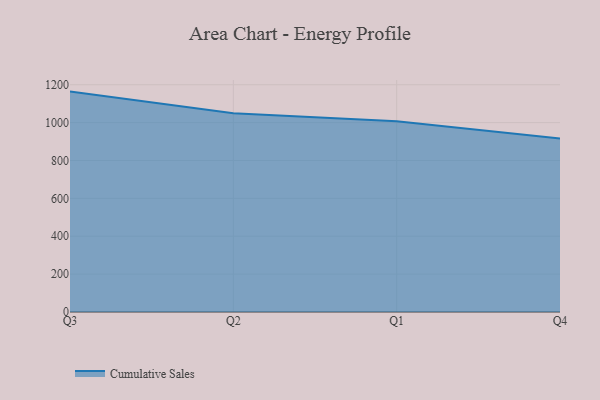
{"axis": {"x": "Quarter", "y": "Churn Rate (%)"}, "legend": ["Cumulative Sales"], "data": [{"x": "Q3", "y": 1163.7, "type": "Cumulative Sales"}, {"x": "Q2", "y": 1049.1, "type": "Cumulative Sales"}, {"x": "Q1", "y": 1007.5, "type": "Cumulative Sales"}, {"x": "Q4", "y": 915.4, "type": "Cumulative Sales"}]}